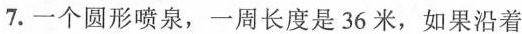
7.一个圆形喷泉，一周长度是36米，如果沿着